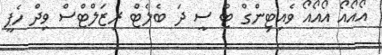
އޯއޯއޯ އޯއޯއޯ ވެއިޓިންގް ޓު ސީ ދަ ބެލެޓް ރިޒަލްޓްސް ވިދް ހެޕީ